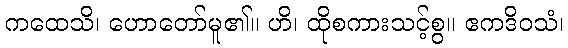
ကထေသိ၊ ဟောတော်မူ၏။ ဟိ၊ ထိုစကားသင့်စွ။ ဧကဒိဝသံ၊